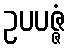
ဥပပဇ္ဇံ